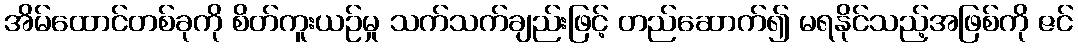
အိမ်ထောင်တစ်ခုကို စိတ်ကူးယဉ်မှု သက်သက်ချည်းဖြင့် တည်ဆောက်၍ မရနိုင်သည့်အဖြစ်ကို ဇင်